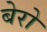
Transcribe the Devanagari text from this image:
बेरो